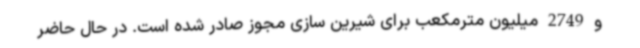
و 2749 میلیون مترمکعب برای شیرین سازی مجوز صادر شده است. در حال حاضر